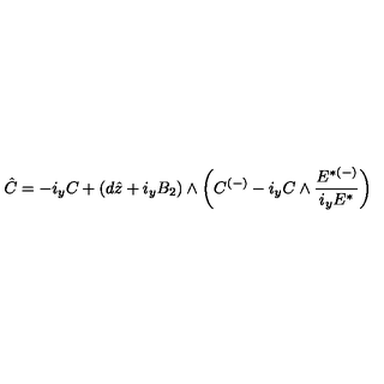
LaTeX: \hat { C } = - i _ { y } C + ( d \hat { z } + i _ { y } B _ { 2 } ) \wedge \left( C ^ { ( - ) } - i _ { y } C \wedge { \frac { { E } ^ { { * } ( - ) } } { i _ { y } { E } ^ { { * } } } } \right) \,